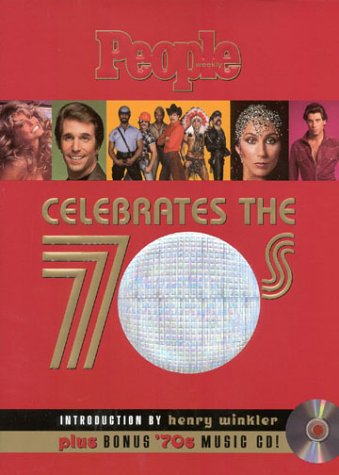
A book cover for PEOPLE Celebrates the 70s; Editors of PEOPLE Magazine; Humor & Entertainment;